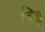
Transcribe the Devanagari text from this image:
चिह्न्